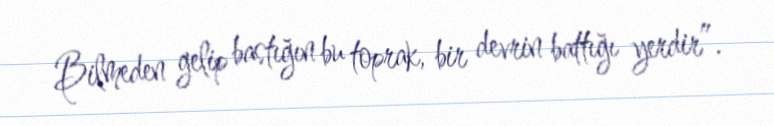
Bilmeden gelip bastığın bu toprak, bir devrin battığı yerdir”.